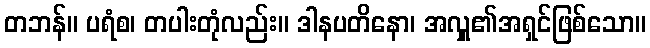
တဘန်။ ပရံစ၊ တပါးတုံလည်း။ ဒါနပတိနော၊ အလှူ၏အရှင်ဖြစ်သော။